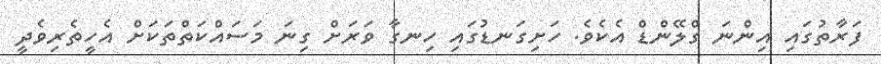
ފަރާތުގައި އިންނަ ގްލޭންޑް އެކެވެ. ހަށިގަނޑުގައި ހިނގާ ވަރަށް ގިނަ މަސައްކަތްތަކަށް އެހީތެރިވެދީ